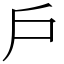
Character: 戶